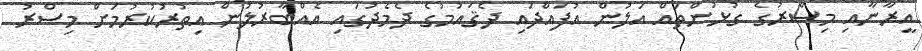
އީރާނާއި މިސްރުގެ ގުޅުންތައް އަލުން އުފައްދައި ދެޤައުމުގެ ދެމެދުގައި އެއްބާރުލުން އިތުރުކުރުމަށް މިސްރު